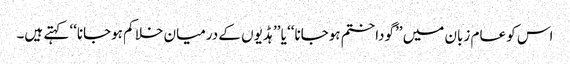
اس کو عام زبان میں ’’گودا ختم ہوجانا‘‘ یا ’’ہڈیوں کے درمیان خلا کم ہوجانا‘‘ کہتے ہیں۔